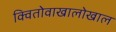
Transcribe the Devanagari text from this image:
क्वितोवाखालोखाल